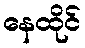
နေထိုင်